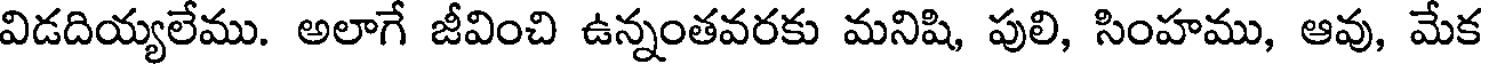
విడదియ్యలేము. అలాగే జీవించి ఉన్నంతవరకు మనిషి, పులి, సింహము, ఆవు, మేక